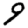
Digit: 9